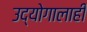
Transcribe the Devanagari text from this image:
उद्योगालाही